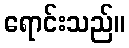
ရောင်းသည်။